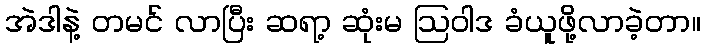
အဲဒါနဲ့ တမင် လာပြီး ဆရာ့ ဆုံးမ ဩဝါဒ ခံယူဖို့လာခဲ့တာ။